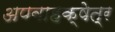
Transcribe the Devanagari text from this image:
अपवाहक्षेत्र